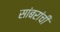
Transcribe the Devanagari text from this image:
सांबरांची